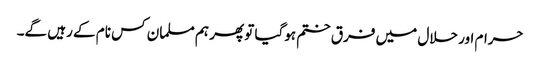
حرام اور حلال میں فرق ختم ہوگیا تو پھر ہم مسلمان کس نام کے رہیں گے۔